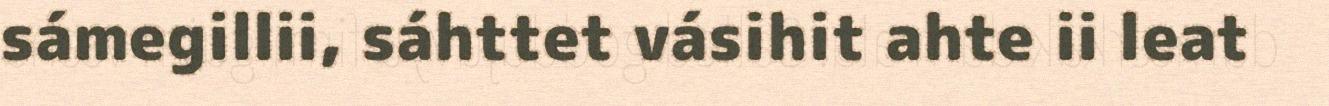
sámegillii, sáhttet vásihit ahte ii leat